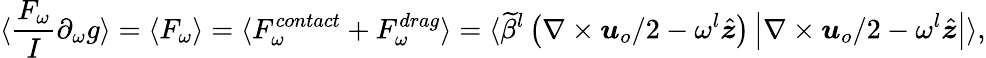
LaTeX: \langle\frac{F_{\omega}}{I}\partial_{\omega}g\rangle=\langle F_{\omega}\rangle=\langle F_{\omega}^{contact}+F_{\omega}^{drag}\rangle=\langle\widetilde{\beta}^{l}\left(\nabla\times\boldsymbol{u}_{o}/2-\omega^{l}\hat{\boldsymbol{z}}\right)\left|\nabla\times\boldsymbol{u}_{o}/2-\omega^{l}\hat{\boldsymbol{z}}\right|\rangle,